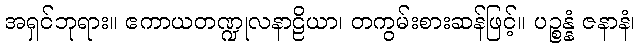
အရှင်ဘုရား။ ဧကာယတဏ္ဍုလနာဠိယာ၊ တကွမ်းစားဆန်ဖြင့်။ ပဉ္စန္နံ ဇနာနံ၊